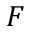
F